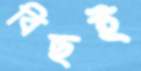
বিছই